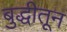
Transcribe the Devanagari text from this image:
बुद्धीतून